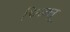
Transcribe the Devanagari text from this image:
चिखलू